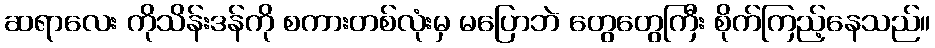
ဆရာလေး ကိုသိန်းဒန်ကို စကားတစ်လုံးမှ မပြောဘဲ တွေတွေကြီး စိုက်ကြည့်နေသည်။